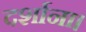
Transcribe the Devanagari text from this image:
दर्शाना।